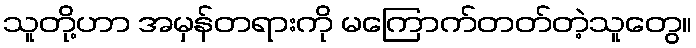
သူတို့ဟာ အမှန်တရားကို မကြောက်တတ်တဲ့သူတွေ။